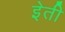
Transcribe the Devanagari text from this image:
इेती